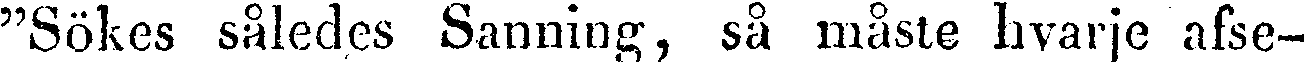
"Sokes således Sanning, så måste hvarje afse-